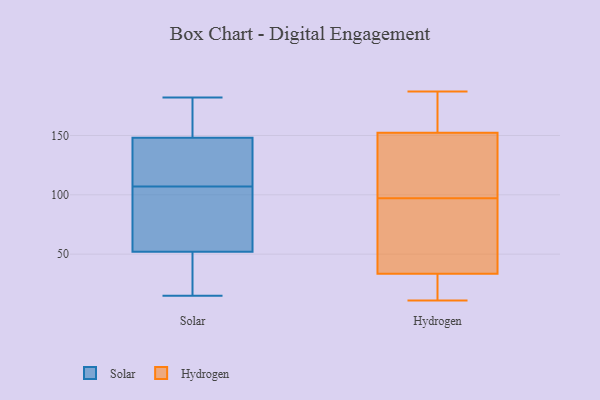
{"axis": {"x": "Waste Production (Tons)", "y": "Value"}, "legend": ["Hydrogen", "Solar"], "data": [{"x": "", "y": 30, "type": "Solar"}, {"x": "", "y": 121, "type": "Solar"}, {"x": "", "y": 93, "type": "Solar"}, {"x": "", "y": 15, "type": "Solar"}, {"x": "", "y": 182, "type": "Solar"}, {"x": "", "y": 37, "type": "Solar"}, {"x": "", "y": 165, "type": "Solar"}, {"x": "", "y": 121, "type": "Solar"}, {"x": "", "y": 157, "type": "Solar"}, {"x": "", "y": 124, "type": "Solar"}, {"x": "", "y": 52, "type": "Solar"}, {"x": "", "y": 73, "type": "Solar"}, {"x": "", "y": 91, "type": "Solar"}, {"x": "", "y": 148, "type": "Solar"}, {"x": "", "y": 158, "type": "Hydrogen"}, {"x": "", "y": 97, "type": "Hydrogen"}, {"x": "", "y": 187, "type": "Hydrogen"}, {"x": "", "y": 42, "type": "Hydrogen"}, {"x": "", "y": 82, "type": "Hydrogen"}, {"x": "", "y": 124, "type": "Hydrogen"}, {"x": "", "y": 114, "type": "Hydrogen"}, {"x": "", "y": 150, "type": "Hydrogen"}, {"x": "", "y": 155, "type": "Hydrogen"}, {"x": "", "y": 30, "type": "Hydrogen"}, {"x": "", "y": 24, "type": "Hydrogen"}, {"x": "", "y": 33, "type": "Hydrogen"}, {"x": "", "y": 11, "type": "Hydrogen"}, {"x": "", "y": 35, "type": "Hydrogen"}, {"x": "", "y": 153, "type": "Hydrogen"}]}